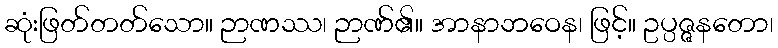
ဆုံးဖြတ်တတ်သော။ ဉာဏဿ၊ ဉာဏ်၏။ အာနာဘဝေန၊ ဖြင့်။ ဥပ္ပဇ္ဇနတော၊